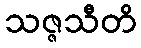
သဇ္ဇသီတိ